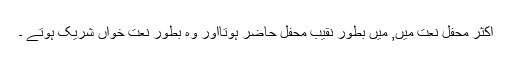
اکثر محفل نعت میں, میں بطور نقیب محفل حاضر ہوتااور وہ بطور نعت خواں شریک ہوتے ۔